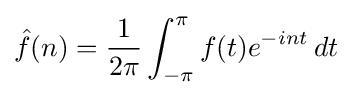
{\hat {f}}(n)={\frac {1}{2\pi }}\int _{-\pi }^{\pi }f(t)e^{-int}\,dt